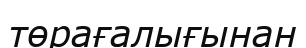
төрағалығынан